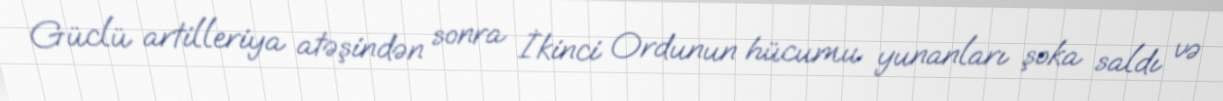
Güclü artilleriya atəşindən sonra İkinci Ordunun hücumu yunanları şoka saldı və